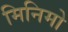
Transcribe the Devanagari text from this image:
मिनिमो